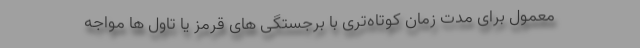
معمول برای مدت زمان کوتاه‌تری با برجستگی های قرمز یا تاول ها مواجه